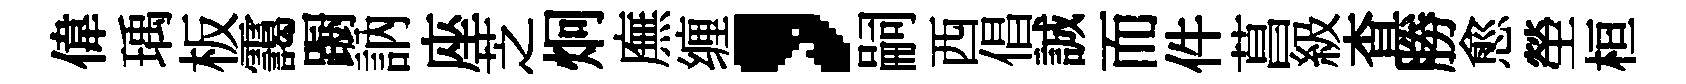
偉瑀板靄蹰訥座芝炯廡缠，嗣西倡誠而件菖級查勝愈塋桓